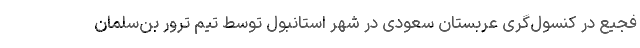
فجیع در کنسول‌گری عربستان سعودی در شهر استانبول توسط تیم ترور بن‌سلمان